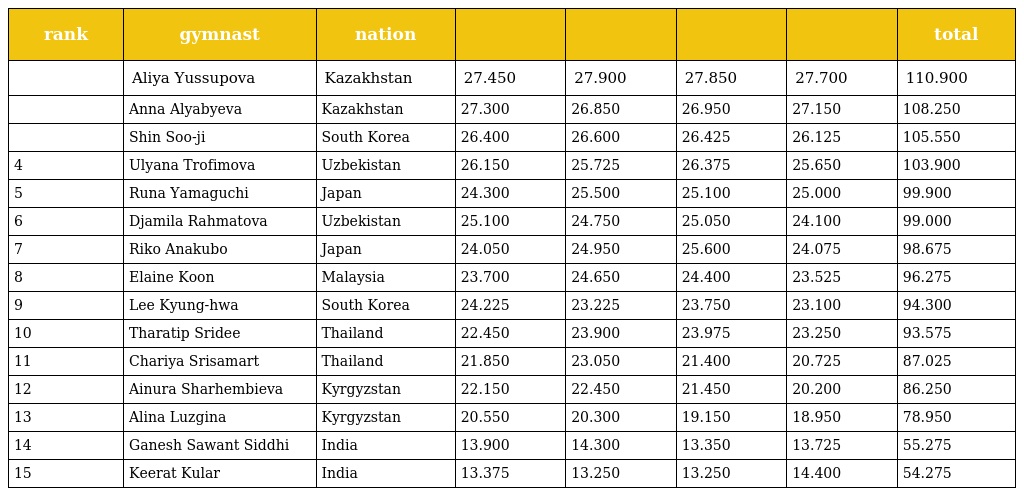
| rank | gymnast | nation |  |  |  |  | total |
 | --- | --- | --- | --- | --- | --- | --- | --- |
 |  | Aliya Yussupova | Kazakhstan | 27.450 | 27.900 | 27.850 | 27.700 | 110.900 |
 |  | Anna Alyabyeva | Kazakhstan | 27.300 | 26.850 | 26.950 | 27.150 | 108.250 |
 |  | Shin Soo-ji | South Korea | 26.400 | 26.600 | 26.425 | 26.125 | 105.550 |
 | 4 | Ulyana Trofimova | Uzbekistan | 26.150 | 25.725 | 26.375 | 25.650 | 103.900 |
 | 5 | Runa Yamaguchi | Japan | 24.300 | 25.500 | 25.100 | 25.000 | 99.900 |
 | 6 | Djamila Rahmatova | Uzbekistan | 25.100 | 24.750 | 25.050 | 24.100 | 99.000 |
 | 7 | Riko Anakubo | Japan | 24.050 | 24.950 | 25.600 | 24.075 | 98.675 |
 | 8 | Elaine Koon | Malaysia | 23.700 | 24.650 | 24.400 | 23.525 | 96.275 |
 | 9 | Lee Kyung-hwa | South Korea | 24.225 | 23.225 | 23.750 | 23.100 | 94.300 |
 | 10 | Tharatip Sridee | Thailand | 22.450 | 23.900 | 23.975 | 23.250 | 93.575 |
 | 11 | Chariya Srisamart | Thailand | 21.850 | 23.050 | 21.400 | 20.725 | 87.025 |
 | 12 | Ainura Sharhembieva | Kyrgyzstan | 22.150 | 22.450 | 21.450 | 20.200 | 86.250 |
 | 13 | Alina Luzgina | Kyrgyzstan | 20.550 | 20.300 | 19.150 | 18.950 | 78.950 |
 | 14 | Ganesh Sawant Siddhi | India | 13.900 | 14.300 | 13.350 | 13.725 | 55.275 |
 | 15 | Keerat Kular | India | 13.375 | 13.250 | 13.250 | 14.400 | 54.275 |